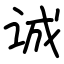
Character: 诚